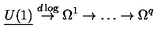
{ \underline { { U ( 1 ) } } } \stackrel { d \log } { \to } \Omega ^ { 1 } \to \dots \to \Omega ^ { q }